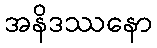
အနိဒဿနော